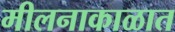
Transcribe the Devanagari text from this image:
मीलनाकाळात